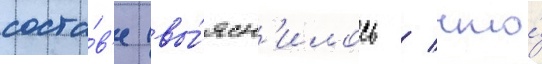
соста́в'е (вы́ясн'илось / что́